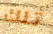
تلك